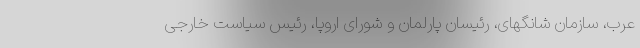
عرب، سازمان شانگهای، رئیسان پارلمان و شورای اروپا، رئیس سیاست خارجی